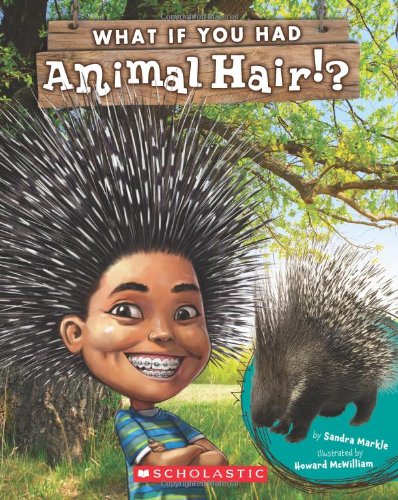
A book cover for What If You Had Animal Hair?; Sandra Markle; Children's Books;